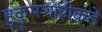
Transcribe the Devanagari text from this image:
हुकुमशाहीकडे